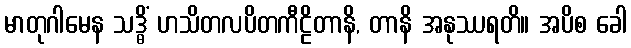
မာတုဂါမေန သဒ္ဓိံ ဟသိတလပိတကီဠိတာနိ, တာနိ အနုဿရတိ။ အပိစ ခေါ